Report on metropolitan horse fairs and district horse shows of 1891-92 - 1891-1892
Year: 1891
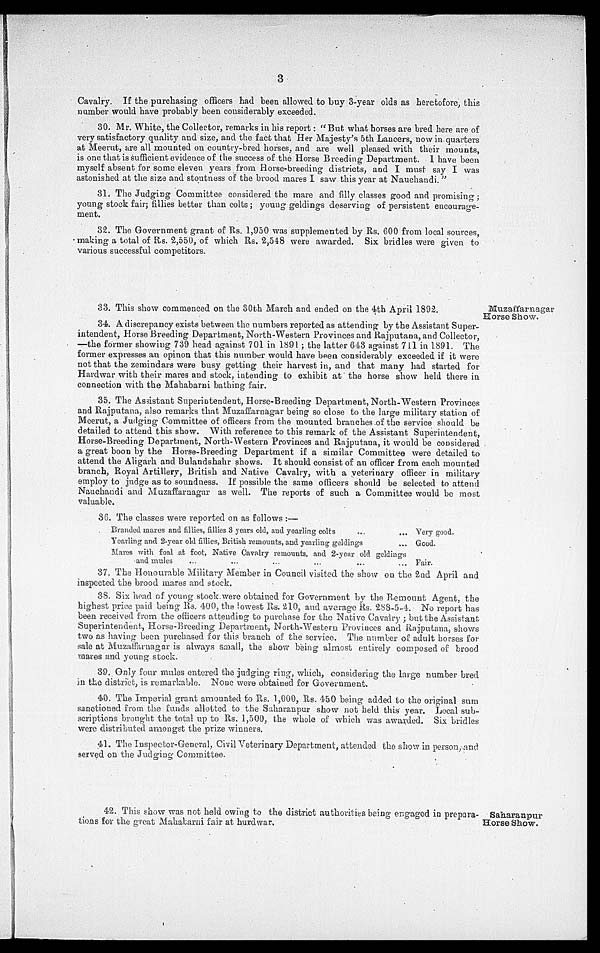
3
Cavalry. If the purchasing officers had been allowed to buy 3-year olds as heretofore, this
number would have probably been considerably exceeded.
30. Mr. White, the Collector, remarks in his report: "But what horses are bred here are of
very satisfactory quality and size, and the fact that Her Majesty's 5th Lancers, now in quarters
at Meerut, are all mounted on country-bred horses, and are well pleased with their mounts,
is one that is srifficient evidence of the success of the Horse Breeding Department. I have been
myself absent for some eleven years from Horse-breeding districts, and I must say I was
astonished at the size and stoutness of the brood mares I saw this year at Nauchandi."
31. The Judging Committee considered the mare and filly classes good and promising;
young stock fair; fillies better than colts; young geldings deserving of persistent encourage-
ment.
32. The Government grant of Rs. 1,950 was supplemented by Rs. 600 from local sources,
making a total of Rs. 2,550, of which Rs. 2,548 were awarded. Six bridles were given to
various successful competitors.
Muzaffarnagar
Horse Show.
33. This show commenced on the 30th March and ended on the 4th April 1892.
34. A discrepancy exists between the numbers reported as attending by the Assistant Super-
intendent, Horse Breeding Department, North-Western Provinces and Rajputana, and Collector,
—the former showing 739 head against 701 in 1891; the latter 643 against 711 in 1891. The
former expresses an opinon that this number would have been considerably exceeded if it were
not that the zemindars were busy getting their harvest in, and that many had started for
Hardwar with their mares and stock, intending to exhibit at the horse show held there in
connection with the Mahabarni bathing fair.
35. The Assistant Superintendent, Horse-Breeding Department, North-Western Provinces
and Rajputana, also remarks that Muzaffarnagar being so close to the large military station of
Meerut, a Judging Committee of officers from the mounted branches of the service should be
detailed to attend this show. With reference to this remark of the Assistant Superintendent,
Horse-Breeding Department, North-Western Provinces and Rajputana, it would be considered
a great boon by the Horse-Breeding Department if a similar Committee were detailed to
attend the Aligarh and Bulandshahr shows. It should consist of an officer from each mounted
branch, Royal Artillery, British and Native Cavalry, with a veterinary officer in military
employ to judge as to soundness. If possible the same officers should be selected to attend
Nauchandi and Muzaffarnagar as well. The reports of such a Committee would be most
valuable.
36. The classes were reported on as follows:—
Branded mares and fillies, fillies 3 years old, and yearling colts
...
...
Yearling and 2-year old fillies, British, remounts, and yearling geldings ...
Mares with foal at foot, Native Cavalry remounts, and 2-year old geldings
and mules ... ... ... ... ... ...
Very good.
Good.
Fair.
37, The Honourable Military Member in Council visited the show on the 2nd April and
inspected the brood mares and stock.
38. Six head of young stock were obtained for Government by the Remount Agent, the
highest price paid being Rs. 400, the lowest Rs. 210, and average Rs. 288-5-4. No report has
been received from the officers attending to purchase for the Native Cavalry; but the Assistant
Superintendent, Horse-Breeding Department, North-Western Provinces and Rajputana, shows
two as having been purchased for this branch of the service. The number of adult horses for
sale at Muzaffarnagar is always small, the show being almost entirely composed of brood
mares and young stock.
39. Only four mules entered the judging ring, which, considering the large number bred
in the district, is remarkable. None were obtained for Government.
40. The Imperial grant amounted to Rs. 1,000, Rs. 450 being added to the original sum
sanctioned from the funds allotted to the Saharanpur show not held this year. Local sub-
scriptions brought the total up to Rs. 1,500, the whole of which was awarded. Six bridles
were distributed amongst the prize winners.
41. The Inspector-General, Civil Veterinary Department, attended the show in person, and
served on the Judging Committee.
Saharanpur
Horse Show.
42. This show was not held owing to the district authorities being engaged in prepara-
tions for the great Mahabarni fair at hurdwar.